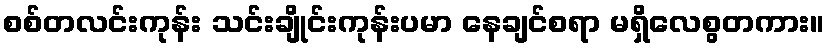
စစ်တလင်းကုန်း သင်းချိုင်းကုန်းပမာ နေချင်စရာ မရှိလေစွတကား။